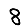
Digit: 8